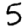
Digit: 5